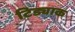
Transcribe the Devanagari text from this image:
टिड्याक